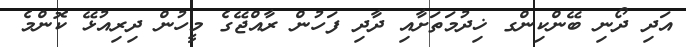
އަދި ދޯނި ބޭންކިންގ ޚިދުމަތަށާއި ދާދި ފަހުން ރާއްޖޭގެ މީހުން ދިރިއުޅޭ ކޮންމެ